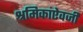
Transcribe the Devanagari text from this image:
श्रमिकांऐवजी